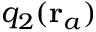
q _ { 2 } ( \mathbf { r } _ { a } )